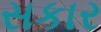
સકાર